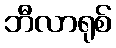
ဘီလာရုစ်